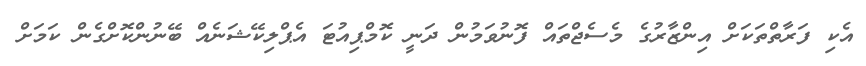
އެކި ފަރާތްތަކަށް އިންޒާރުގެ މެސެޖްތައް ފޮނުވަމުން ދަނީ ކޮމްޕިއުޓަ އެޕްލިކޭޝަނެއް ބޭނުންކޮށްގެން ކަމަށް